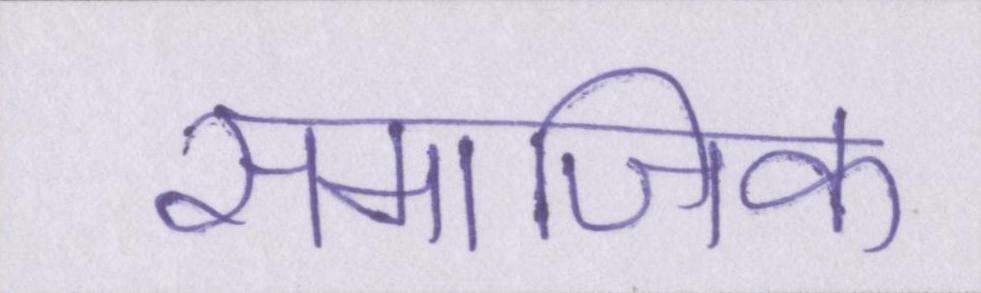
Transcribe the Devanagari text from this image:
समाजिक